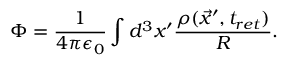
\Phi = \frac { 1 } { 4 \pi \epsilon _ { 0 } } \int d ^ { 3 } x ^ { \prime } \frac { \rho ( \vec { x } ^ { \prime } , t _ { r e t } ) } { R } .